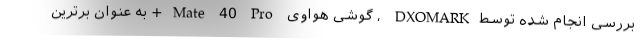
بررسی انجام شده توسطDXOMARK ، گوشی هواوی Mate 40 Pro+ به عنوان برترین